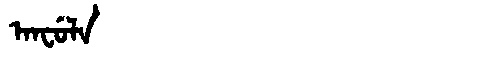
Manchu: ᠠᠨᠸᡠᠯᠠ
Romanization: ANFULA